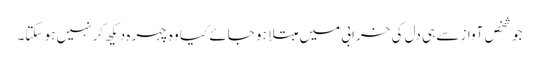
جو شخص آواز سے ہی دل کی خرابی میں مبتلا ہو جائے کیا وہ چہرہ دیکھ کر نہیں ہو سکتا۔